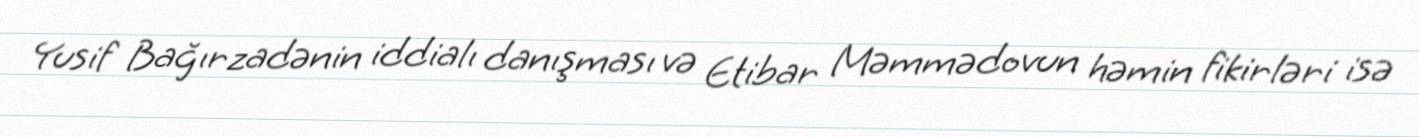
Yusif Bağırzadənin iddialı danışması və Etibar Məmmədovun həmin fikirləri isə